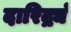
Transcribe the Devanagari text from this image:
दारिद्र्यं